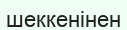
шеккенінен